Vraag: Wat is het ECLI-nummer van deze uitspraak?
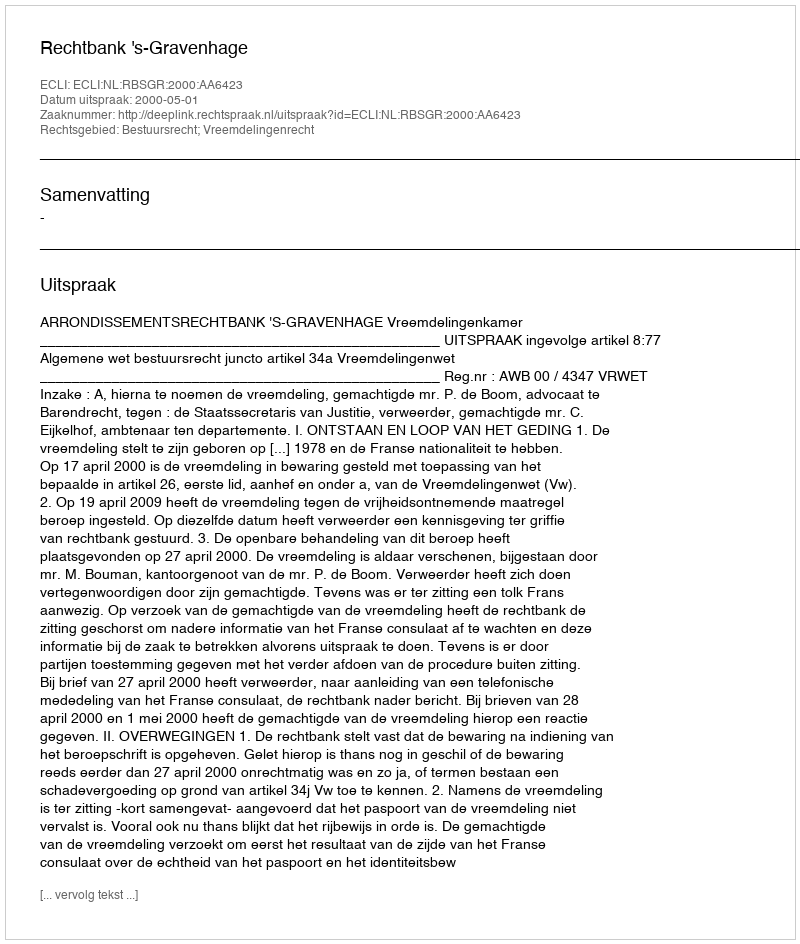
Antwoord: ECLI:NL:RBSGR:2000:AA6423